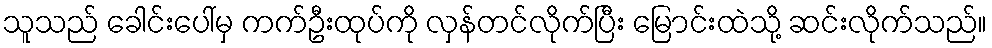
သူသည် ခေါင်းပေါ်မှ ကက်ဦးထုပ်ကို လှန်တင်လိုက်ပြီး မြောင်းထဲသို့ ဆင်းလိုက်သည်။